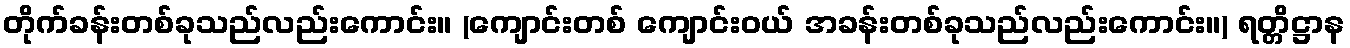
တိုက်ခန်းတစ်ခုသည်လည်းကောင်း။ (ကျောင်းတစ် ကျောင်းဝယ် အခန်းတစ်ခုသည်လည်းကောင်း။) ရတ္တိဋ္ဌာန